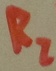
Text: R2